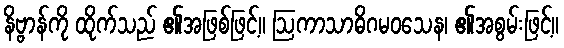
နိဗ္ဗာန်ကို ထိုက်သည် ၏အဖြစ်ဖြင့်။ ဩကာသာဓိဂမဝသေန၊ ၏အစွမ်းဖြင့်။